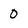
Character: 0